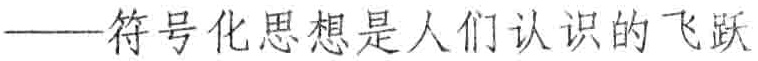
——符号化思想是人们认识的飞跃